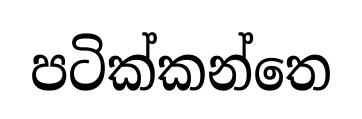
පටික්කන්තෙ